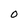
Character: O